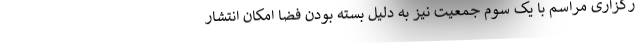
رگزاری مراسم با یک سوم جمعیت نیز به دلیل بسته بودن فضا امکان انتشار